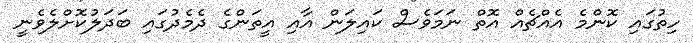
ހިތުގައި ކޮންމެ އެއްޗެއް އޮތް ނަމަވެސް ކައިލަން އާއި އީތަންގެ ދެމެދުގައި ބަދަލުކޮށްލެވެނީ